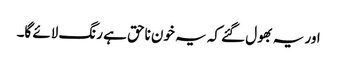
اور یہ بھول گئے کہ یہ خون ناحق ہے رنگ لائے گا۔